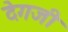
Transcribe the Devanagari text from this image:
देगजी